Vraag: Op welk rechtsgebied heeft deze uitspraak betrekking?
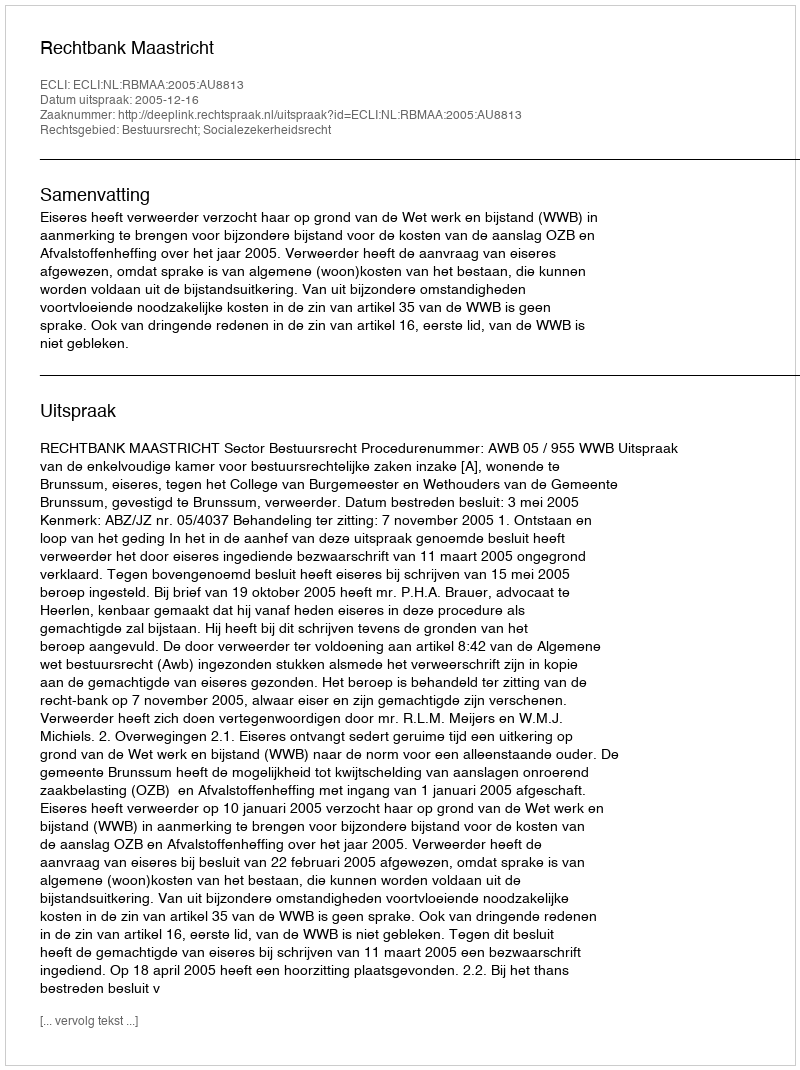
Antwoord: Bestuursrecht; Socialezekerheidsrecht